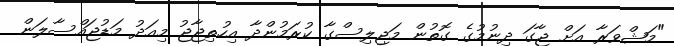
"މަޝްވަރާ އަށް ޖާގަ ދިނުމުގެ ގޮތުން މަޖިލިސްގާ ކުރަމުންދާ އިހުތިޖާޖު މިއަދު މަޑުޖައްސާލަން